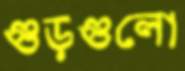
গুড়গুলো